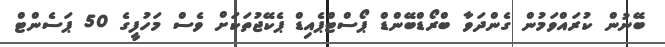
ބޭނުން ކުރައްވަމުން ގެންދަވާ ބްރޯޑްބޭންޑް ޕޯސްޓްޕެއިޑް ޕެކޭޖުތަކަށް ވެސް މަހުފީގެ 50 ޕަސެންޓް